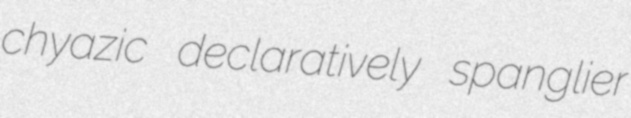
chyazic declaratively spanglier